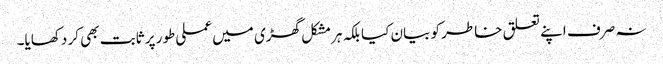
نہ صرف اپنے تعلق خاطر کو بیان کیا بلکہ ہرمشکل گھڑی میں عملی طور پر ثابت بھی کر دکھایا۔